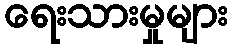
ရေးသားမှုများ